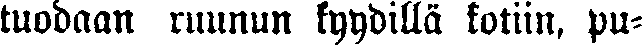
tuodaan ruunun kyydillä kotiin, pu-